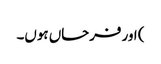
) اور فرحاں ہوں۔